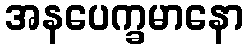
အနပေက္ခမာနော